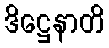
ဒိဋ္ဌေနာတိ